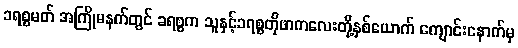
ခရစ္စမတ် အကြိုမနက်တွင် ခရစ္စက သူနှင့်ခရစ္စတိုဖာကလေးတို့နှစ်ယောက် ကျောင်းနောက်မှ